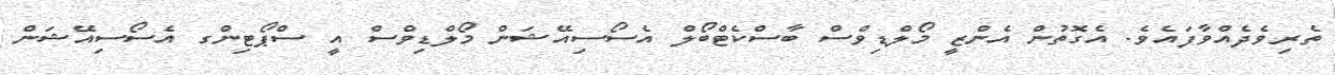
ތެރިވެދެއްވާފައެވެ. އެގޮތުން އެންޒީ މޯލްޑިވްސް ބާސްކެޓްބޯލް އެސޯސިއޭޝަން މޯލްޑިވްސް އީ ސްޕޯޓިންގ އެސޯސިއޭޝަން